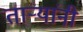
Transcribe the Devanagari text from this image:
ताऱ्यांनी